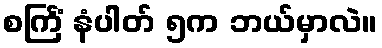
စင်္ကြံ နံပါတ် ၅က ဘယ်မှာလဲ။